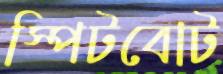
স্পিটবোট